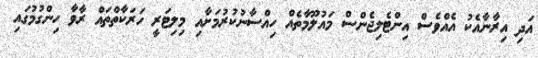
އަދި އިރާނާއެކު އެއްވެސް އިންޓެލިޖެންސް މައުލޫމާތެއް ހިއްސާނުކުރުމަށާއި މިލިޓަރީ ހަރަކާތްތައް ރާވާ ހިންގުމުގައި